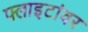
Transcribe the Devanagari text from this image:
फ्लाइटांवर